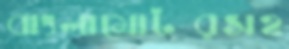
বাংলামোটরসহ